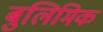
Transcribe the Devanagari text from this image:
बुलिमिक